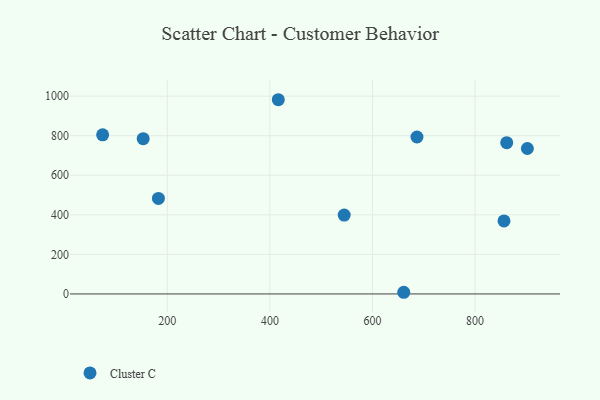
{"axis": {"x": "Price", "y": "Yield"}, "legend": ["Cluster C"], "data": [{"x": "686.8", "y": 793.5, "type": "Cluster C"}, {"x": "182.6", "y": 483.1, "type": "Cluster C"}, {"x": "856.5", "y": 369.3, "type": "Cluster C"}, {"x": "661.0", "y": 8.4, "type": "Cluster C"}, {"x": "902.1", "y": 735.2, "type": "Cluster C"}, {"x": "416.4", "y": 981.9, "type": "Cluster C"}, {"x": "73.8", "y": 804.2, "type": "Cluster C"}, {"x": "152.9", "y": 785.2, "type": "Cluster C"}, {"x": "861.8", "y": 764.8, "type": "Cluster C"}, {"x": "544.9", "y": 398.9, "type": "Cluster C"}]}